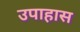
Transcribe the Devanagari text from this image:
उपाहास